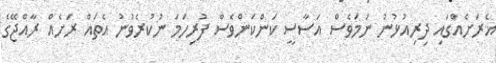
އެރަށެއްގައި ދިރިއުޅުނު ނަމަވެސް އަސާސީ ކަންކަންވެސް ފުރިހަމަ ނުކުރެވުނު އެތައް ރަށެއް ރާއްޖޭގެ